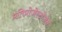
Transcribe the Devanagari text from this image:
प्रतिप्रोजेस्टोजेन